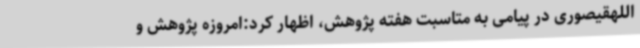
اللهقیصوری در پیامی به متاسبت هفته پژوهش، اظهار کرد:امروزه پژوهش و